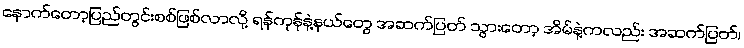
နောက်တော့ပြည်တွင်းစစ်ဖြစ်လာလို့ ရန်ကုန်နဲ့နယ်တွေ အဆက်ပြတ် သွားတော့ အိမ်နဲ့ကလည်း အဆက်ပြတ်၊